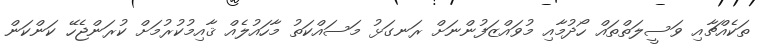
ތަކެއްޗާއި ވަސީލަތްތައް ހޯދުމާއި މުވައްޒަފުންނަށް ރަނގަޅު މަސައްކަތު މާހައުލެއް ޤާއިމުކުރުމަށް ކުރަންޖެހޭ ކަންކަން